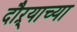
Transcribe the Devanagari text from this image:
दौऱ्याच्या